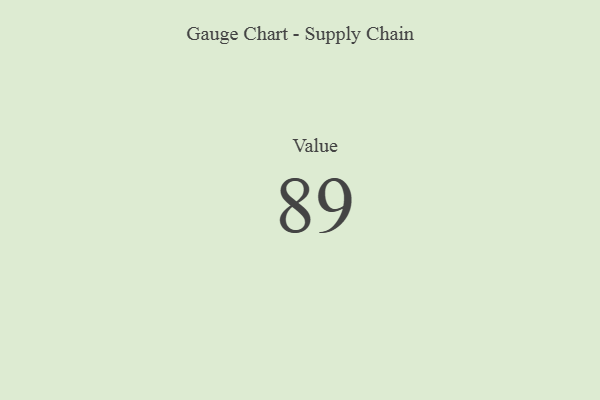
{"axis": {"x": "Metric", "y": "Value"}, "legend": [""], "data": [{"x": "Value", "y": 89, "type": ""}]}